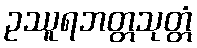
ဥဿူရဘတ္တသုတ္တံ